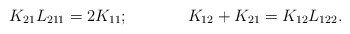
\begin{align*}K_{21}L_{211}=2K_{11};\hspace{1.5cm}K_{12}+K_{21}=K_{12}L_{122}.\end{align*}